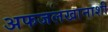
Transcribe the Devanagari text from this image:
अफजलखानाशी